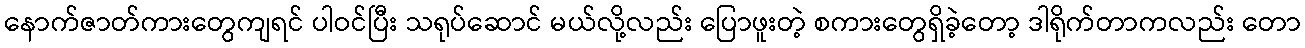
နောက်ဇာတ်ကားတွေကျရင် ပါဝင်ပြီး သရုပ်ဆောင် မယ်လို့လည်း ပြောဖူးတဲ့ စကားတွေရှိခဲ့တော့ ဒါရိုက်တာကလည်း တော